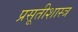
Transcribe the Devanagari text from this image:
प्रसूतीशास्त्र